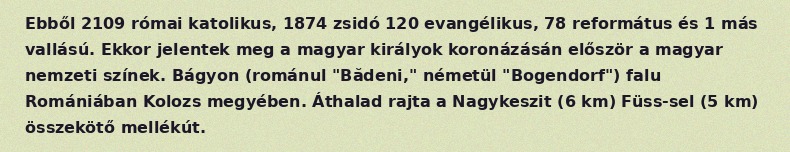
Ebből 2109 római katolikus, 1874 zsidó 120 evangélikus, 78 református és 1 más vallású. Ekkor jelentek meg a magyar királyok koronázásán először a magyar nemzeti színek. Bágyon (románul "Bădeni," németül "Bogendorf") falu Romániában Kolozs megyében. Áthalad rajta a Nagykeszit (6 km) Füss-sel (5 km) összekötő mellékút.